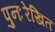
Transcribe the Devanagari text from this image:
पुनःरेखित